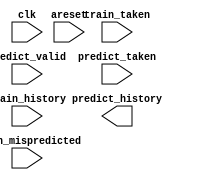
// Build a 32-bit global history shift register, including support for rolling back state in response to a pipeline flush caused by a branch misprediction.

// When a branch prediction is made (predict_valid = 1), shift in predict_taken from the LSB side to update the branch history for the predicted branch. (predict_history[0] is the direction of the youngest branch.)

// When a branch misprediction occurs (train_mispredicted = 1), load the branch history register with the history after the completion of the mispredicted branch. This is the history before the mispredicted branch (train_history) concatenated with the actual result of the branch (train_taken).

// If both a prediction and misprediction occur at the same time, the misprediction takes precedence, because the pipeline flush will also flush out the branch that is currently making a prediction.

// predict_history is the value of the branch history register.

// areset is an asynchronous reset that resets the history counter to zero.

module top_module(
    input clk,
    input areset,

    input predict_valid,
    input predict_taken,
    output [31:0] predict_history,

    input train_mispredicted,
    input train_taken,
    input [31:0] train_history
);

	// Insert your code here

endmodule